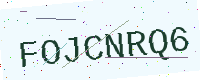
Text: FOJCNRQ6